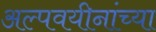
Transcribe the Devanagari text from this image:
अल्पवयीनांच्या